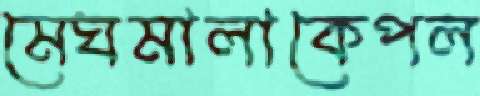
মেঘমালাকেপল